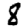
Digit: 8